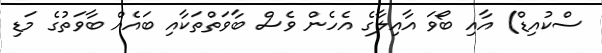
ސްކުއިޑް) އާއި ބޯވަ އާއިލާގެ އެހެން ވެސް ބާވަތްތަކާއި ބައެއް ބާވަތުގެ މަޑި